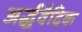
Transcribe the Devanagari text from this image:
अर्द्धवैदिक